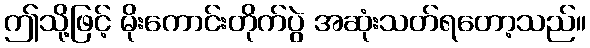
ဤသို့ဖြင့် မိုးကောင်းတိုက်ပွဲ အဆုံးသတ်ရတော့သည်။